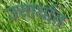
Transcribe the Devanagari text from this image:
उत्तार्धात